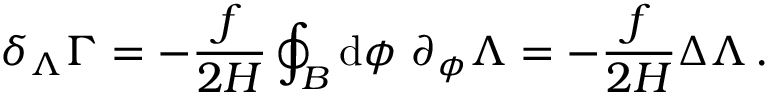
\delta _ { \Lambda } \Gamma = - \frac { f } { 2 H } \oint _ { { \cal B } } \ensuremath { \operatorname { d } \! { } \phi \ \partial _ { \phi } } \Lambda = - \frac { f } { 2 H } \Delta \Lambda \, .